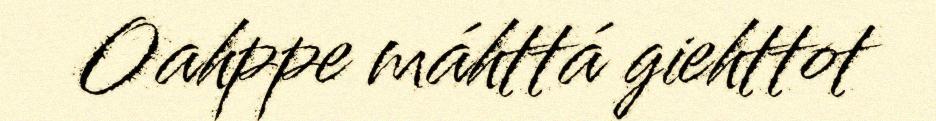
Oahppe máhttá giehttot